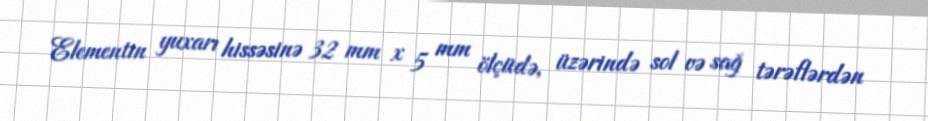
Elementin yuxarı hissəsinə 32 mm x 5 mm ölçüdə, üzərində sol və sağ tərəflərdən